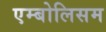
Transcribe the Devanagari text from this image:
एम्बोलिसम